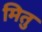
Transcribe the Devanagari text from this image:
मितु